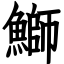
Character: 鰤